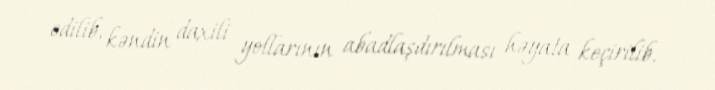
edilib, kəndin daxili yollarının abadlaşdırılması həyata keçirilib.